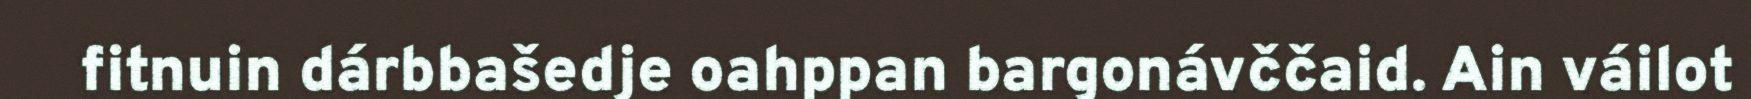
fitnuin dárbbašedje oahppan bargonávččaid. Ain váilot